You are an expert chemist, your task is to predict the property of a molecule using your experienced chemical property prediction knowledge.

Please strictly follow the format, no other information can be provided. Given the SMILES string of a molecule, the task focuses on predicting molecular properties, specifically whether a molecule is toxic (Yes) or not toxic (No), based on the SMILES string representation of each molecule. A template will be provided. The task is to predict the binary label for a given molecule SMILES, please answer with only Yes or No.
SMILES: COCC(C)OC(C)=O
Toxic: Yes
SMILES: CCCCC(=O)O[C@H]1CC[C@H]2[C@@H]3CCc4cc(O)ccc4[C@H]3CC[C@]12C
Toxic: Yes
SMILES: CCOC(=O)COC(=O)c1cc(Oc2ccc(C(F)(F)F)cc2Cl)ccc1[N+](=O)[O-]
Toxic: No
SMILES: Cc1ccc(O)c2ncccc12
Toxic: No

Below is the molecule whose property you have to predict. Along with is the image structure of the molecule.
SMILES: O=C(O)COc1ccc(Cl)cc1Cl
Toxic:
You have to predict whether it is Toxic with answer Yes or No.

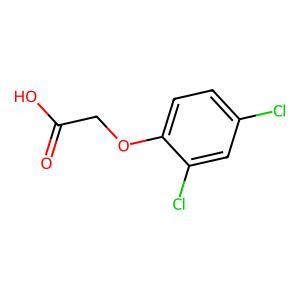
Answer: No